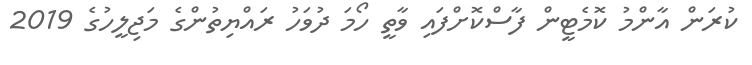
ކުރަން އާންމު ކޮމެޓީން ފާސްކޮށްފައި ވާތީ ހޯމަ ދުވަހު ރައްޔިތުންގެ މަޖިލީހުގެ 2019